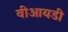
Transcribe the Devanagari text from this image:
वीआयडी